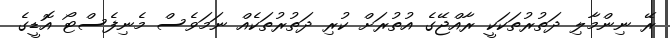
ރޭ ނިންމާލި ދަތުރުތަކަކީ ރާއްޖޭގެ އުތުރަށް ކުރި ދަތުރުތަކެއް ނަމަވެސް މެނިފެސްޓޯ އޮޑީގެ